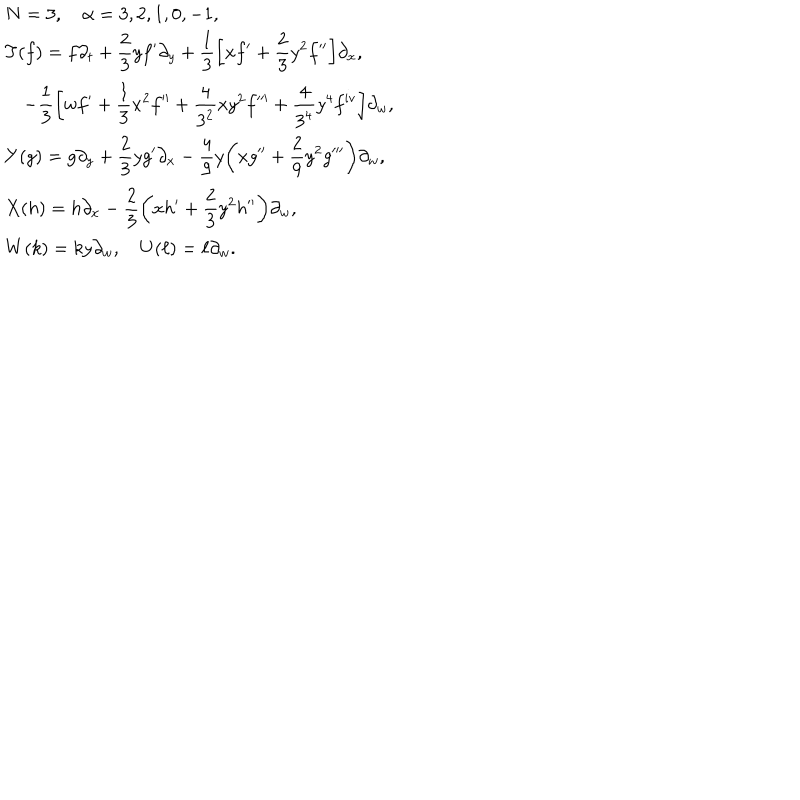
LaTeX: \begin{array} { l } { { N = 3 , \quad \alpha = 3 , 2 , 1 , 0 , - 1 , } } \\ { { \displaystyle T ( f ) = f \partial _ { t } + \frac { 2 } { 3 } y f ^ { \prime } \partial _ { y } + \frac { 1 } { 3 } \biggl [ x f ^ { \prime } + \frac { 2 } { 3 } y ^ { 2 } f ^ { \prime \prime } \biggr ] \partial _ { x } , } } \\ { { \displaystyle \quad - \frac { 1 } { 3 } \biggl [ w f ^ { \prime } + \frac { 1 } { 3 } x ^ { 2 } f ^ { \prime \prime } + \frac { 4 } { 3 ^ { 2 } } x y ^ { 2 } f ^ { \prime \prime \prime } + \frac { 4 } { 3 ^ { 4 } } y ^ { 4 } f ^ { \mathrm { i v } } \biggr ] \partial _ { w } , } } \\ { { \displaystyle Y ( g ) = g \partial _ { y } + \frac { 2 } { 3 } y g ^ { \prime } \partial _ { x } - \frac { 4 } { 9 } y \biggl ( x g ^ { \prime \prime } + \frac { 2 } { 9 } y ^ { 2 } g ^ { \prime \prime \prime } \biggr ) \partial _ { w } , } } \\ { { \displaystyle X ( h ) = h \partial _ { x } - \frac { 2 } { 3 } \biggl ( x h ^ { \prime } + \frac { 2 } { 3 } y ^ { 2 } h ^ { \prime \prime } \biggr ) \partial _ { w } , } } \\ { { W ( k ) = k y \partial _ { w } , \quad U ( \ell ) = \ell \partial _ { w } . } } \\ \end{array}